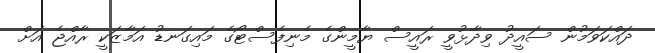
ދައްކަވަމުން ސައީދު ވިދާޅުވީ ރައީސް ޔާމީންގެ މެނިފެސްޓޯގެ މައިގަނޑު އަމާޒަކީ ރާއްޖެ އަށް